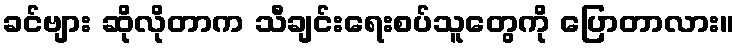
ခင်ဗျား ဆိုလိုတာက သီချင်းရေးစပ်သူတွေကို ပြောတာလား။